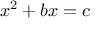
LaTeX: \ x ^ { 2 } + b x = c